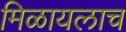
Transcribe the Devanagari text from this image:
मिळायलाच